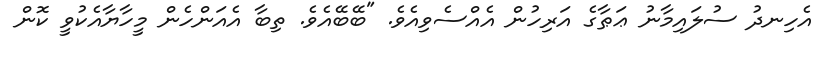
އެހިނދު ސުލައިމާނު ޢަޠާގެ އަރިހުން އެއްސެވިއެވެ. "ބޭބޭއެވެ. ތިބާ އެއަންހެން މީހާޔާއެކުވީ ކޮން